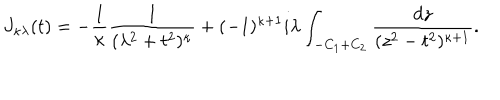
J _ { \kappa \lambda } ( t ) = - \frac { 1 } { \kappa } \frac { 1 } { ( \lambda ^ { 2 } + t ^ { 2 } ) ^ { \kappa } } + ( - 1 ) ^ { \kappa + 1 } i \lambda \int _ { - C _ { 1 } + C _ { 2 } } \frac { d z } { ( z ^ { 2 } - t ^ { 2 } ) ^ { \kappa + 1 } } .